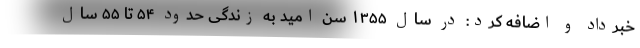
خبرداد و اضافه کرد: در سال ۱۳۵۵ سن امید به زندگی حدود ۵۴ تا ۵۵ سال